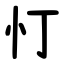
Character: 忊